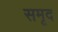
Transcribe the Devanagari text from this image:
समृद